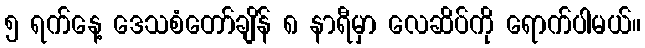
၅ ရက်နေ့ ဒေသစံတော်ချိန် ၈ နာရီမှာ လေဆိပ်ကို ရောက်ပါမယ်။